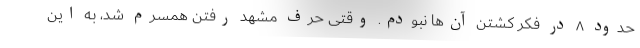
حدود ۸ در فکر کشتن آن‌ها نبودم. وقتی حرف مشهد رفتن همسرم شد، به این